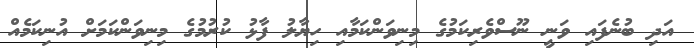
އަދި ބުނެފައި ވަނީ ނޫސްވެރިކަމުގެ މިނިވަންކަމާއި ހިޔާލު ފާޅު ކުރުމުގެ މިނިވަންކަމަށް އުނިކަމެއް